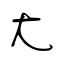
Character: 尢